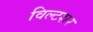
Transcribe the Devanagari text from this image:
विल्टशर